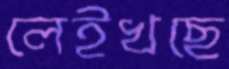
লেইখছে